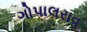
ગોપાલરાવ